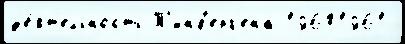
д'е́ят'ельность Т'инб'ерг'ена 19601961